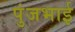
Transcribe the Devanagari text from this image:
पुंजभाई